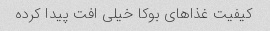
کیفیت غذاهای بوکا خیلی افت پیدا کرده